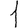
Digit: 1